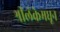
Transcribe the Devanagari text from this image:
श्रीलंकेमधून